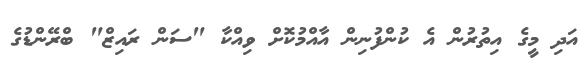
އަދި މީގެ އިތުރުން އެ ކުންފުނިން އާއްމުކޮށް ވިއްކާ "ސަން ރައިޒް" ބްރޭންޑުގެ